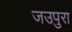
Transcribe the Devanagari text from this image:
जउपुरा